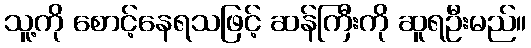
သူ့ကို စောင့်နေရသဖြင့် ဆန်ကြီးကို ဆူရဦးမည်။